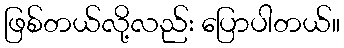
ဖြစ်တယ်လို့လည်း ပြောပါတယ်။